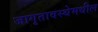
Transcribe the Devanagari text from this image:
जागृतावस्थेमधील